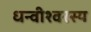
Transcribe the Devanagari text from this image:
धन्वीश्वरस्य